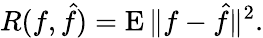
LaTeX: R(f,{\hat{f}})=\operatorname{E}\| f-{\hat{f}}\| ^{2}.